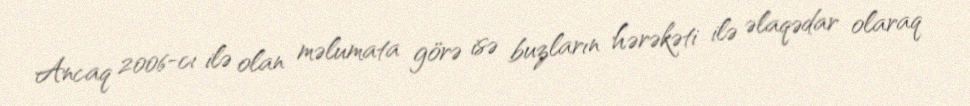
Ancaq 2006-cı ilə olan məlumata görə isə buzların hərəkəti ilə əlaqədar olaraq